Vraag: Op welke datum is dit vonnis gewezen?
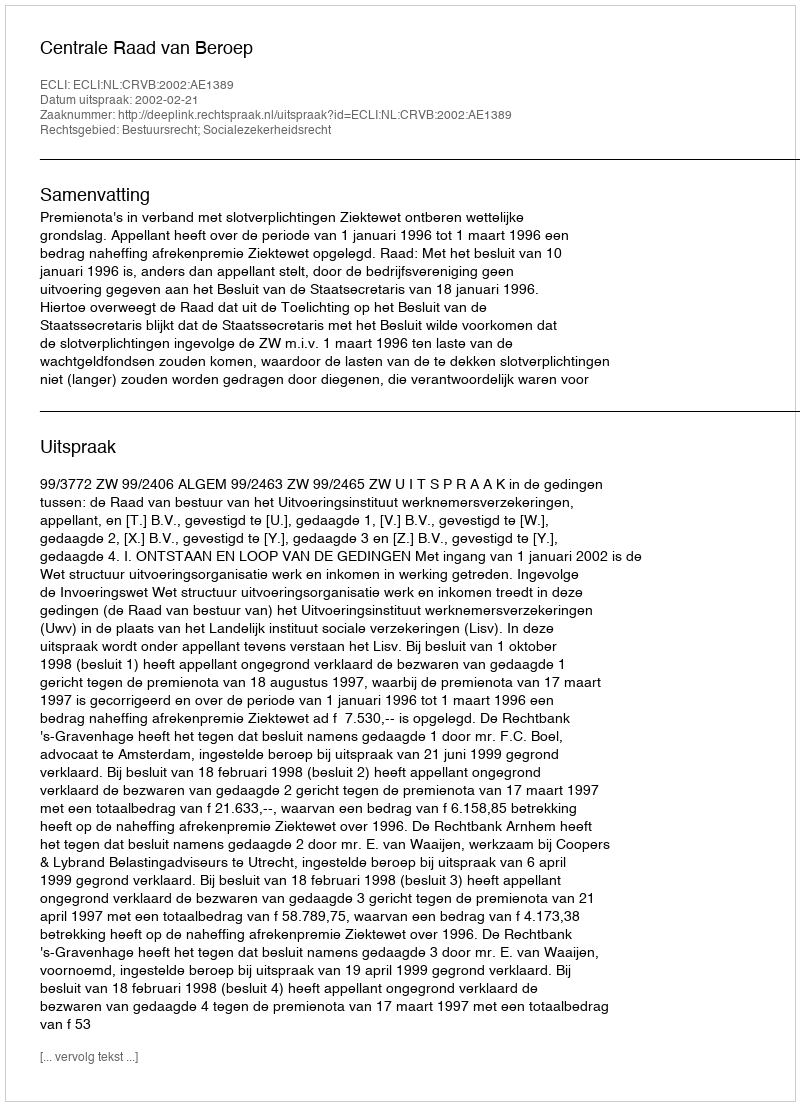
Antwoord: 2002-02-21